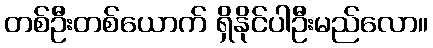
တစ်ဦးတစ်ယောက် ရှိနိုင်ပါဦးမည်လော။